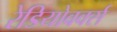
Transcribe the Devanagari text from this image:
रेडियोवर्क्स